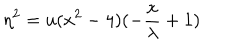
\eta ^ { 2 } = u ( x ^ { 2 } - 4 ) ( - \frac { x } { \lambda } + 1 )